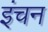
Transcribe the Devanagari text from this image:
इंचन